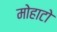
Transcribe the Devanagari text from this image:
मोहाटो